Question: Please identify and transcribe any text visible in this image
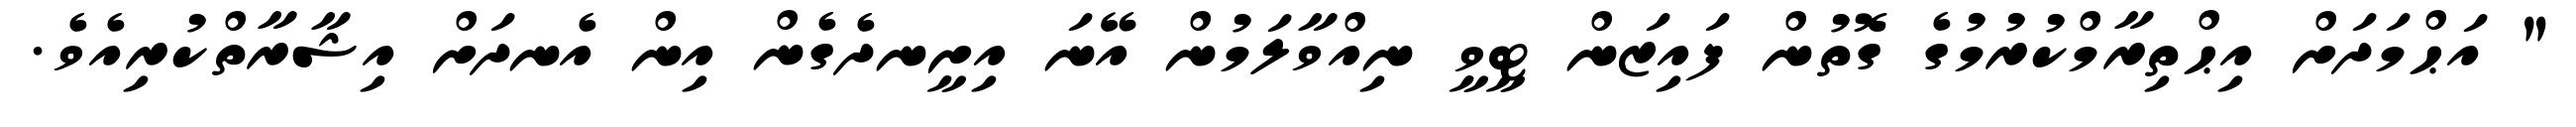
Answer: " އަޙްމަދަށް އިޙްތިރާމްކުރުމުގެ ގޮތުން ފައިޒަން ޓީވީ ނިއްވާލަމުން އޭނަ އިށީނދެގެން އިން އެނދަށް އިޝާރާތްކުރިއެވެ.